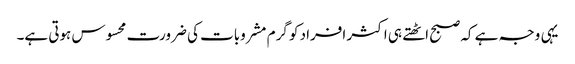
یہی وجہ ہے کہ صبح اٹھتے ہی اکثر افراد کو گرم مشروبات کی ضرورت محسوس ہوتی ہے۔